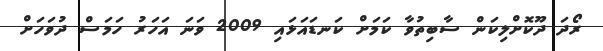
ރޯދަ ދޫކޮށްލިކަން ސާބިތުވާ ކަމަށް ކަނޑައަޅައި 2009 ވަނަ އަހަރު ހަމަސް ދުވަހަށް